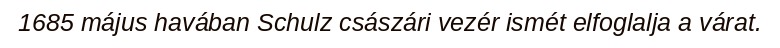
1685 május havában Schulz császári vezér ismét elfoglalja a várat.